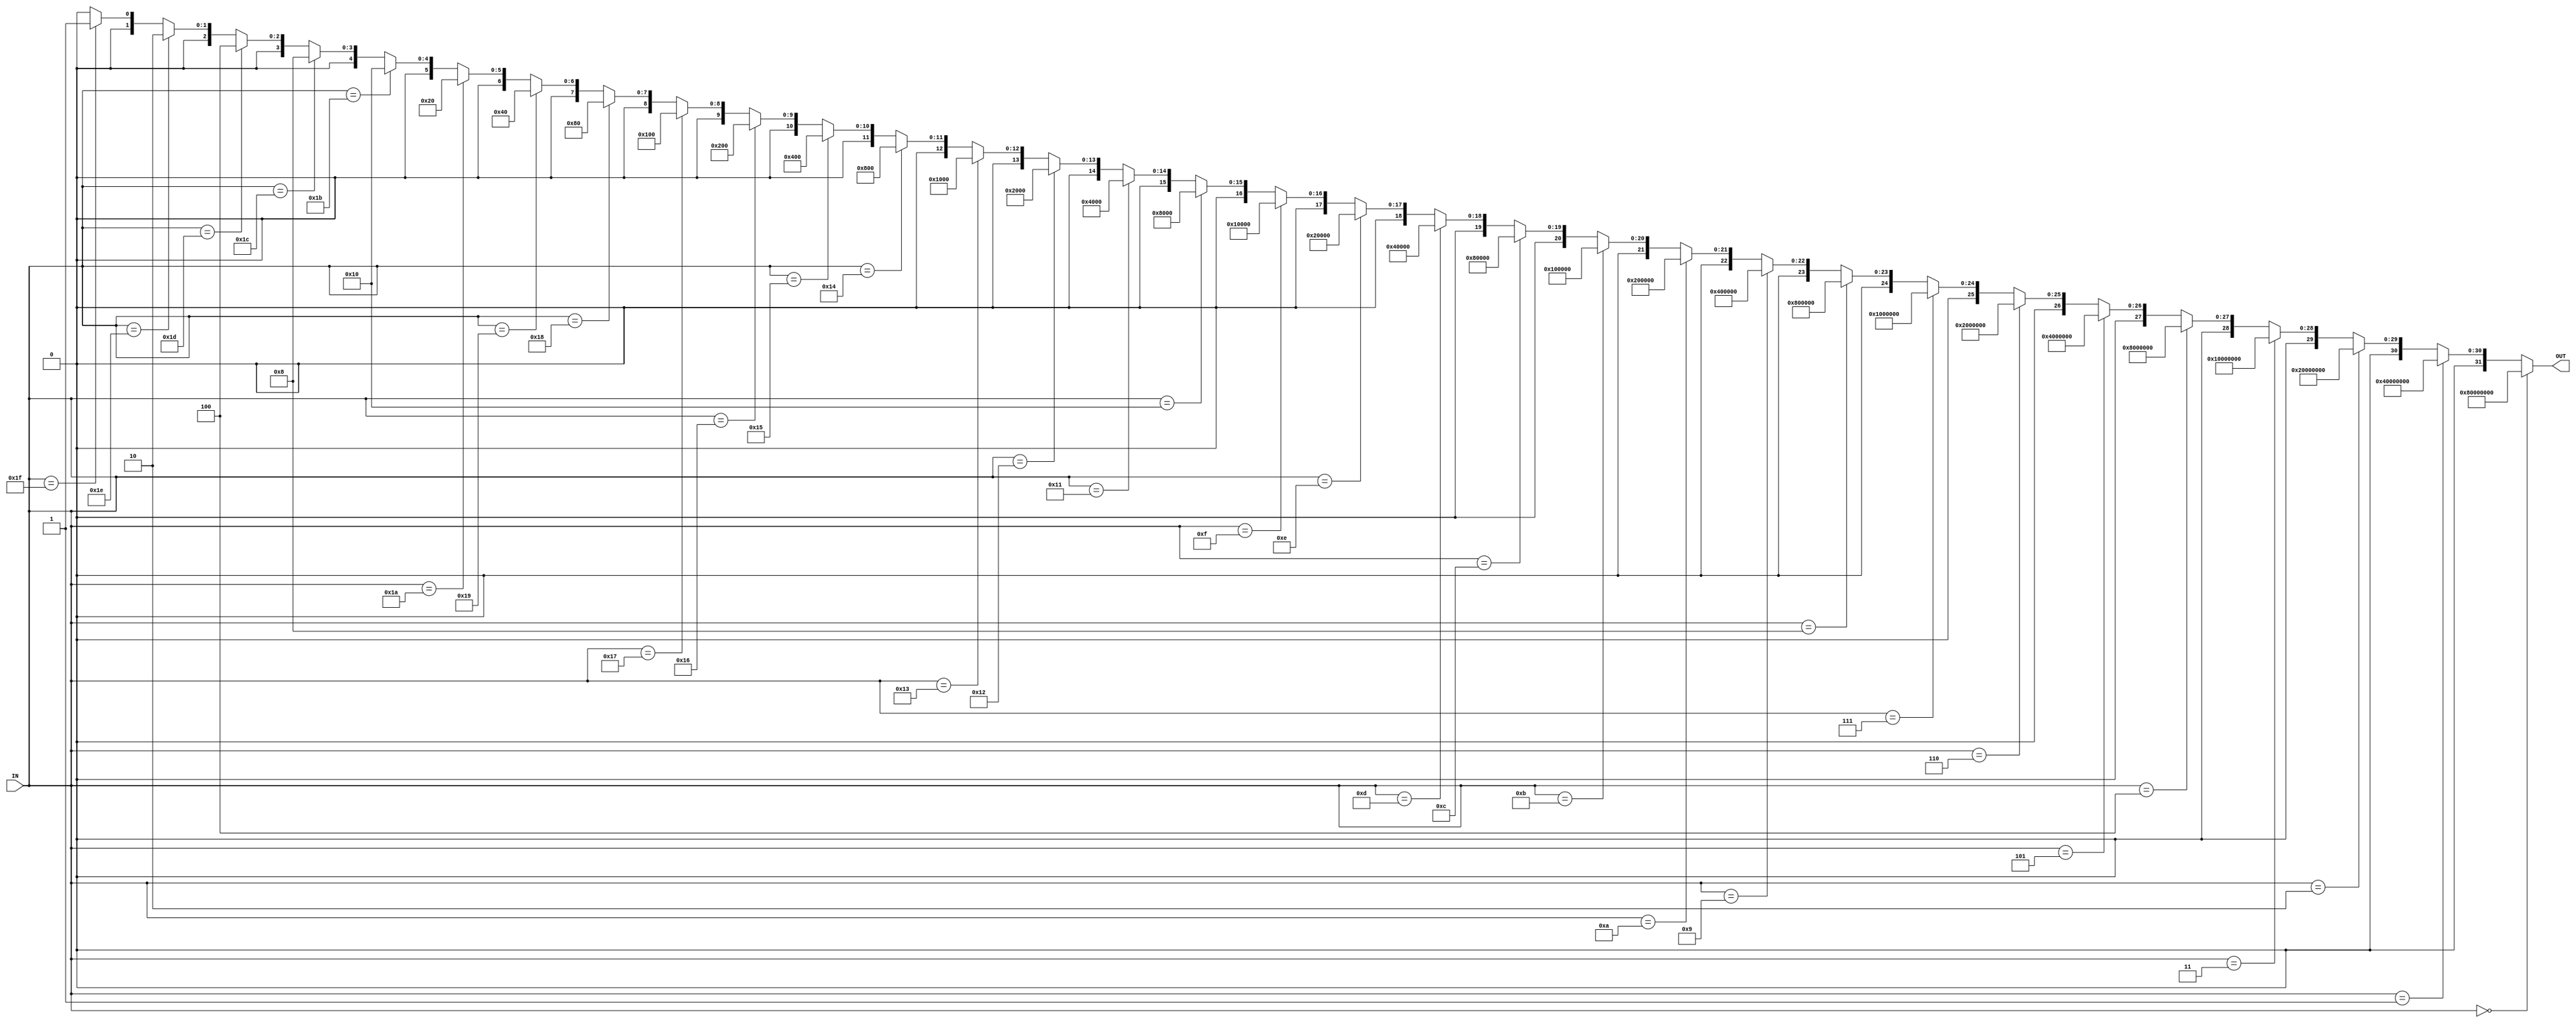
// 5 to 32 decoder for the hardwired control unit
// The outputs are in reverse order for convenience

// Note: The text was generated using Python code
module decoder(input wire [4:0] IN, output wire [31:0] OUT);
   assign OUT[31:0] = (IN[4:0] == 5'b00000) ? 32'b10000000000000000000000000000000 :
					  (IN[4:0] == 5'b00001) ? 32'b01000000000000000000000000000000 :
					  (IN[4:0] == 5'b00010) ? 32'b00100000000000000000000000000000 :
					  (IN[4:0] == 5'b00011) ? 32'b00010000000000000000000000000000 :
					  (IN[4:0] == 5'b00100) ? 32'b00001000000000000000000000000000 :
					  (IN[4:0] == 5'b00101) ? 32'b00000100000000000000000000000000 :
					  (IN[4:0] == 5'b00110) ? 32'b00000010000000000000000000000000 :
					  (IN[4:0] == 5'b00111) ? 32'b00000001000000000000000000000000 :
					  (IN[4:0] == 5'b01000) ? 32'b00000000100000000000000000000000 :
					  (IN[4:0] == 5'b01001) ? 32'b00000000010000000000000000000000 :
					  (IN[4:0] == 5'b01010) ? 32'b00000000001000000000000000000000 :
					  (IN[4:0] == 5'b01011) ? 32'b00000000000100000000000000000000 :
					  (IN[4:0] == 5'b01100) ? 32'b00000000000010000000000000000000 :
					  (IN[4:0] == 5'b01101) ? 32'b00000000000001000000000000000000 :
					  (IN[4:0] == 5'b01110) ? 32'b00000000000000100000000000000000 :
					  (IN[4:0] == 5'b01111) ? 32'b00000000000000010000000000000000 :
					  (IN[4:0] == 5'b10000) ? 32'b00000000000000001000000000000000 :
					  (IN[4:0] == 5'b10001) ? 32'b00000000000000000100000000000000 :
					  (IN[4:0] == 5'b10010) ? 32'b00000000000000000010000000000000 :
					  (IN[4:0] == 5'b10011) ? 32'b00000000000000000001000000000000 :
					  (IN[4:0] == 5'b10100) ? 32'b00000000000000000000100000000000 :
					  (IN[4:0] == 5'b10101) ? 32'b00000000000000000000010000000000 :
					  (IN[4:0] == 5'b10110) ? 32'b00000000000000000000001000000000 :
					  (IN[4:0] == 5'b10111) ? 32'b00000000000000000000000100000000 :
					  (IN[4:0] == 5'b11000) ? 32'b00000000000000000000000010000000 :
					  (IN[4:0] == 5'b11001) ? 32'b00000000000000000000000001000000 :
					  (IN[4:0] == 5'b11010) ? 32'b00000000000000000000000000100000 :
					  (IN[4:0] == 5'b11011) ? 32'b00000000000000000000000000010000 :
					  (IN[4:0] == 5'b11100) ? 32'b00000000000000000000000000001000 :
					  (IN[4:0] == 5'b11101) ? 32'b00000000000000000000000000000100 :
					  (IN[4:0] == 5'b11110) ? 32'b00000000000000000000000000000010 :
					  (IN[4:0] == 5'b11111) ? 32'b00000000000000000000000000000001 :
					  32'b00000000000000000000000000000000;
endmodule // decoder